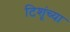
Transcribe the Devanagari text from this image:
टिशूंच्या